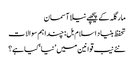
مارگلہ کے پیچھے نیلا آسمان
تحفظ بنیاد اسلام بل: چنداہم سوالات
نئے نیب قوانین میں ’نیا‘ کیا ہے؟